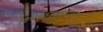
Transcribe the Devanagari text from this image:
विभागप्रमुखपदाच्या